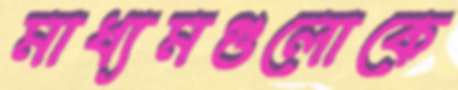
মাধ্যমগুলোকে